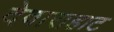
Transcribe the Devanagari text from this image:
देवाराहाट